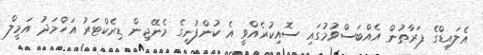
އެލައިޑްގެ ފަރާތުން އެއްބަސްވުމުގައި ސޮއިކުރެއްވީ އެ ކުންފުނީގެ މެނޭޖިން ޑިރެކްޓަރު އަހްމަދު އަމީލް